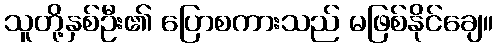
သူတို့နှစ်ဦး၏ ပြောစကားသည် မဖြစ်နိုင်ချေ။